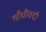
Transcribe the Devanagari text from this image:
गाँधीवदी